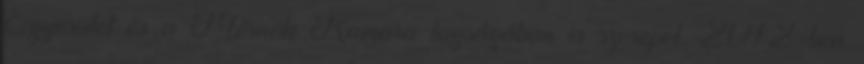
Egyesület és a Mérnök Kamara tagságában is szerepel. 2012-ben